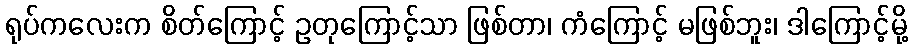
ရုပ်ကလေးက စိတ်ကြောင့် ဥတုကြောင့်သာ ဖြစ်တာ၊ ကံကြောင့် မဖြစ်ဘူး၊ ဒါကြောင့်မို့